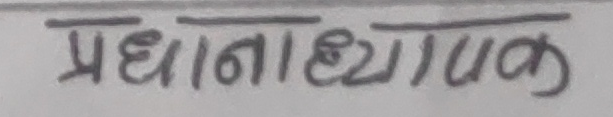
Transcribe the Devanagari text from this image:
प्रधानाध्यापक